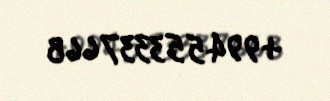
+994553337668